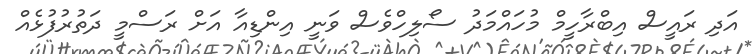
އަދި ރައީސް އިބްރާހީމް މުހައްމަދު ސޯލިހްވެސް ވަނީ އިންޑިއާ އަށް ރަސްމީ ދަތުރުފުޅެއް